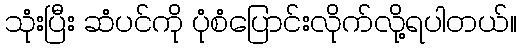
သုံးပြီး ဆံပင်ကို ပုံစံပြောင်းလိုက်လို့ရပါတယ်။